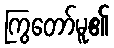
ကြွတော်မူ၏